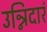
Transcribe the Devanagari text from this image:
उन्निदारं